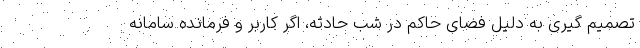
تصمیم گیری به دلیل فضای حاکم در شب حادثه، اگر کاربر و فرمانده سامانه